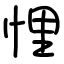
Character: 悝